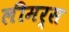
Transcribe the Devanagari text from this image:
लीमर्स